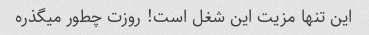
این تنها مزیت این شغل است! روزت چطور میگذره